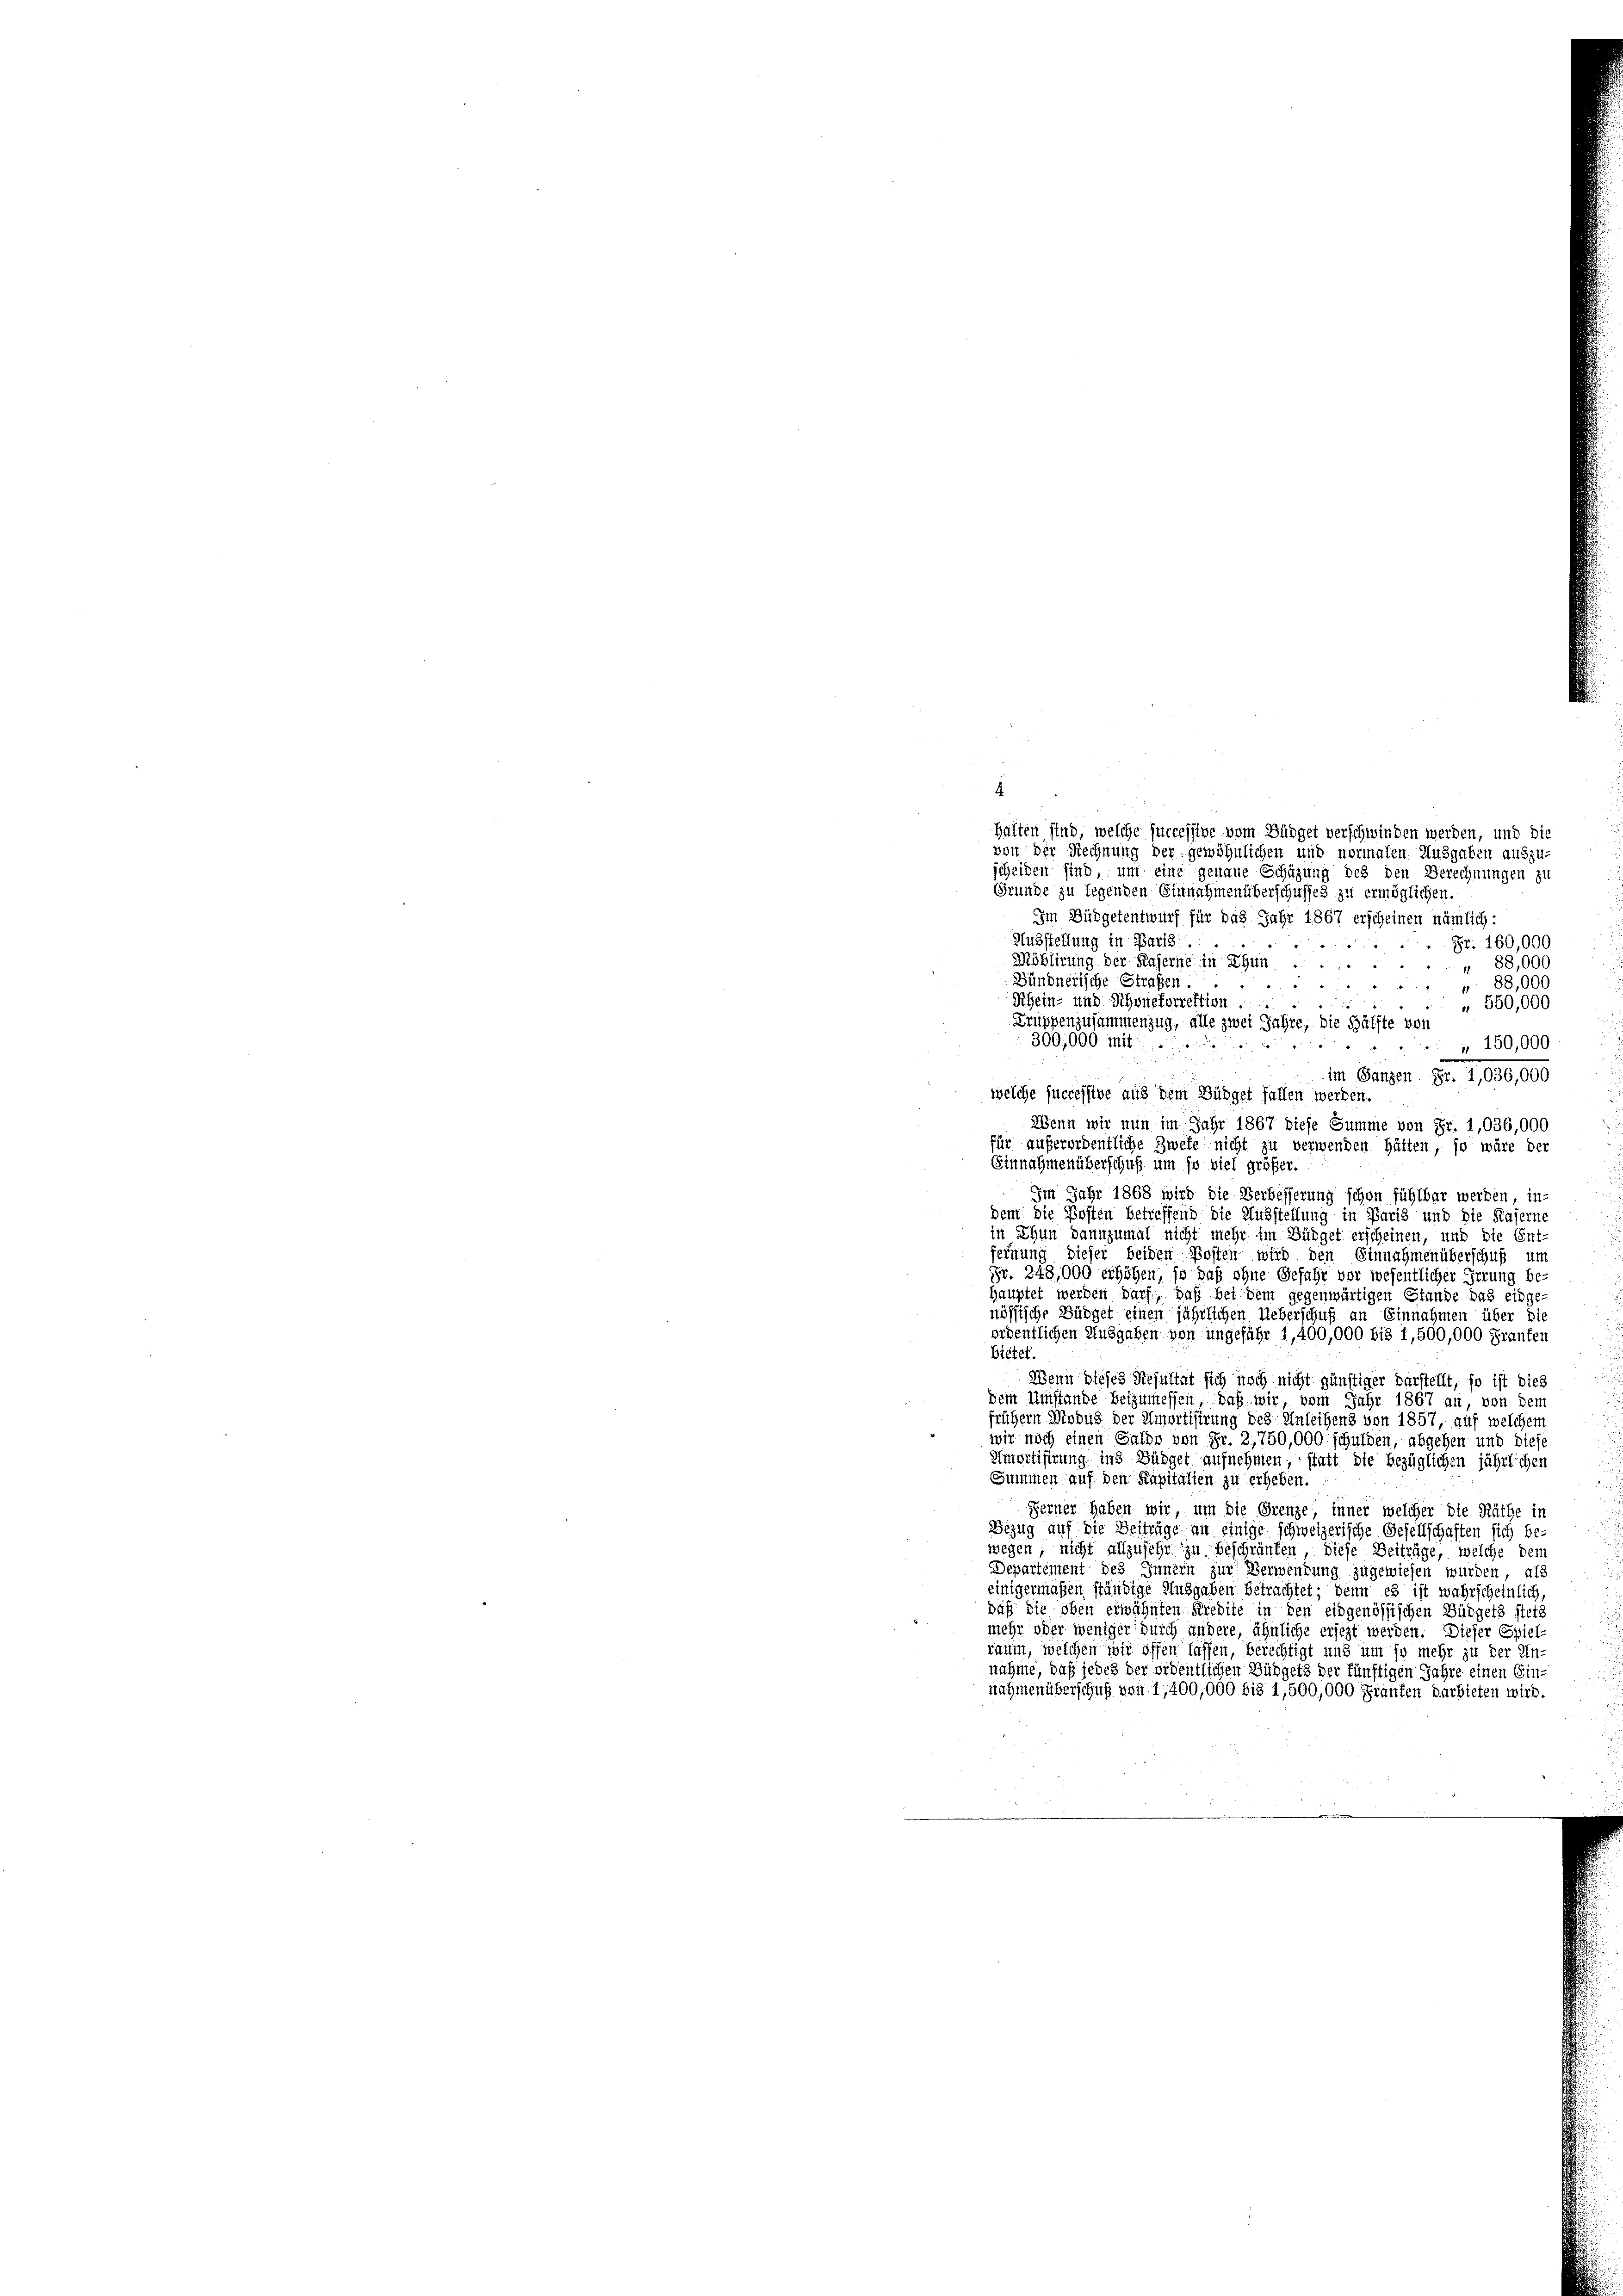
4
Halten sind, welche successive vom Büdget verschwinden werden, und die
von der Rechnung der gewöhnlichen und normalen Ausgaben auszu-
scheiden sind, um eine genaue Schützung des den Berechnungen zu
Gründe zu legenden Einnahmenüberschusses zu ermöglichen.
Im Büdgetentwurf für das Jahr 1867 erscheinen nämlich:
Ausstellung in Paris.
1
Fr. 160,000
Möblirung der Kaserne in Ehen
" 88,000
Bündnerische Straßen
88,000
Rhein- und Schonetorrektion
 550,000
Truppenzusammenzug, alle zwei Jahre, die Hälfte von
300,000 mit von
„ 150,000
im Ganzen. Fr. 1,036,000
welche successive aus dem Büdget fallen werden.
Wenn wir nun im Jahr 1867 diese Summe von Fr. 1,036,000
für außerordentliche Zwete nicht zu verwenden Hütten, so wäre der
Einnahmen überschuß um so viel größer.
Im Jahr 1868 wird die Verbesserung schon fühlbar werden, in
dem die Posten betreffend die Ausstellung in Paris und die Kasern
in Thun dannzumal nicht mehr im Büdget erscheinen, und die Ent-
fernung dieser beiden Kosten wird den Einnahmenüberschuß um
Fr. 248,000 erhöhen, so daß ohne Gefahr vor wesentlicher Irrung be-
Hauptet werden darf, daß bei dem gegenwärtigen Stande das eidge-
nössische Büdget einen jährlichen Ueberschuß an Einnahmen über die
ordentlichen Ausgaben von ungefähr 1,400,000 bis 1,500,000 Franten
Bietet.
Wenn dieses Resultat sich noch nicht günstiger darstellt, so ist dies
Dem Umstände beizumessen, daß wir vom Jahr 1867 an, von dem
frühern Windus der Amortisirung des Anleihens von 1857, auf welchem
wir noch einen Saldo von Fr. 2,750,000 schulden, abgehen und diese
Amortisirung ins Büdget aufnehmen statt die bezüglichen jährlicher
Summen auf den Kapitalien zu erheben:
Ferner haben wir, um die Grenze inner welcher die Rüthe in
Bezug auf die Beiträge an einige schweizerische Gesellschaften sich be-
wegen; nicht allzusehr zu beschränken, diese Beiträge, welche den
Departement des Innern zur Verwendung zugewiesen wurden, als
einigermaßen ständige Ausgaben betrachtet; denn es ist wahrscheinlich,
daß die oben erwähnten Kredite in den eidgenössischen Büdgets stets
mehr oder weniger durch ändere, ähnliche ersezt werden. Dieser Spiel-
raum, welchen wir offen lassen, berechtigt und um so mehr zu der Un-
nahme, daß jedes der ordentlichen Büdgets der künftigen Jahre einen Einnahmen überschuß von 1,400,000 bis 1,500,000 Franten darbieten wird.